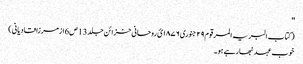
''
( کتاب البریہ المرقوم ٢٩ جنوری ١٨٧٦ئ روحانی خزائن جلد 13 ص6 ازمرزا قادیانی )
خوب عہد نبھارہے ہو۔